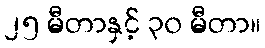
၂၅ မီတာနှင့် ၃၀ မီတာ။